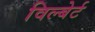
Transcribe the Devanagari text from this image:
विल्बेर्ट